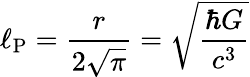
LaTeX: \ell_{\mathrm{P}}={\frac{r}{2{\sqrt{\pi}}}}={\sqrt{\frac{\hbar G}{c^{3}}}}